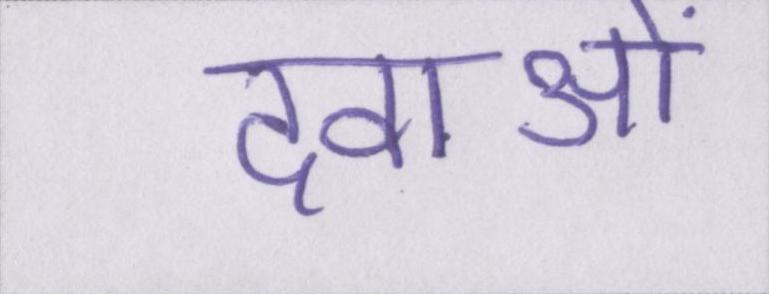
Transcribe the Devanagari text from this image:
दवाओं